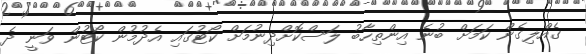
ގެއްލިގެން ކަމަށް ބުނެ އިންތިހާބު ލަސްކޮށްދިނުމަށް ކޯޓުގައި އެދުމުން ކޯޓުން ވަނީ ދެ